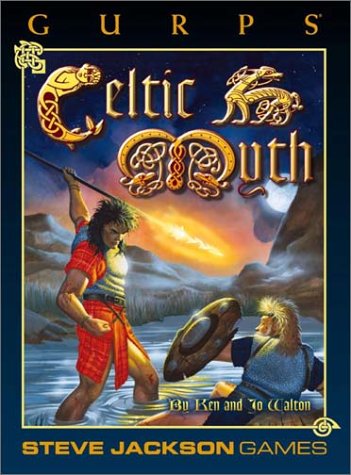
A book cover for GURPS Celtic Myth (GURPS: Generic Universal Role Playing System); Ken Walton; Science Fiction & Fantasy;